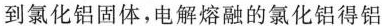
到氯化铝固体，电解熔融的氯化铝得铝